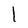
Character: l